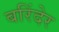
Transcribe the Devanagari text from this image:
बरिंदेर